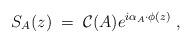
LaTeX: \begin{align*}S_{A}(z) \;=\; {\cal C}(A)e^{i\alpha_{A}\cdot\phi (z)} \; ,\end{align*}